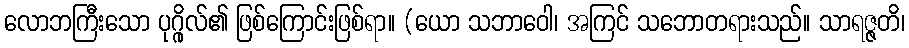
လောဘကြီးသော ပုဂ္ဂိုလ်၏ ဖြစ်ကြောင်းဖြစ်ရာ။ (ယော သဘာဝေါ၊ အကြင် သဘောတရားသည်။ သာရဇ္ဇတိ၊